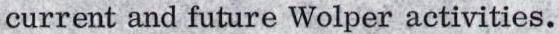
current and future Wolper activities.